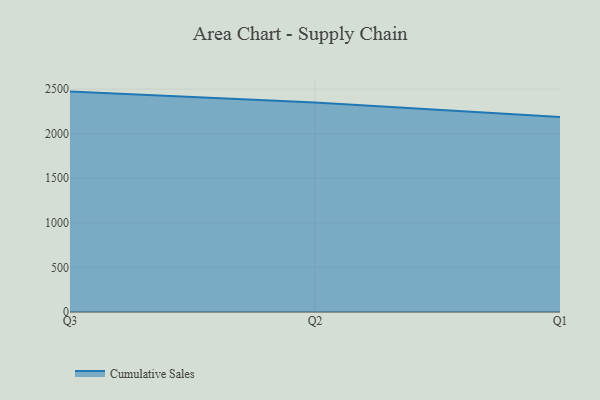
{"axis": {"x": "Quarter", "y": "Active Users"}, "legend": ["Cumulative Sales"], "data": [{"x": "Q3", "y": 2472.2, "type": "Cumulative Sales"}, {"x": "Q2", "y": 2350.6, "type": "Cumulative Sales"}, {"x": "Q1", "y": 2188.1, "type": "Cumulative Sales"}]}